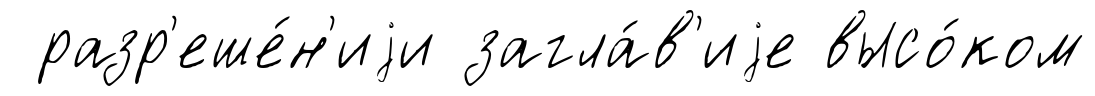
разр'еше́н'иjи загла́в'иjе высо́ком